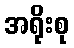
အရိုးစု